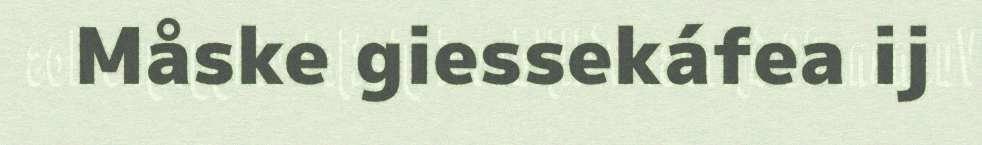
Måske giessekáfea ij